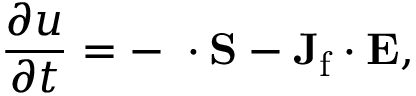
{ \frac { \partial u } { \partial t } } = - \mathbf { \nabla } \cdot \mathbf { S } - \mathbf { J _ { \mathrm { f } } } \cdot \mathbf { E } ,